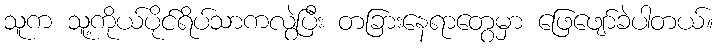
သူက သူ့ကိုယ်ပိုင်ရိပ်သာကလွဲပြီး တခြားနေရာတွေမှာ ဖြေဖျော်ခဲပါတယ်။